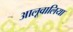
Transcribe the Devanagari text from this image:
आलूवालिया